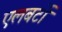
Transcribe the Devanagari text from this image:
एलबर्टो